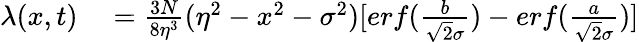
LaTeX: \begin{array}{rl}{\lambda(x,t)}&{{}=\frac{3N}{8\eta^{3}}(\eta^{2}-x^{2}-\sigma^{2})[erf(\frac{b}{\sqrt{2}\sigma})-erf(\frac{a}{\sqrt{2}\sigma})]}\end{array}